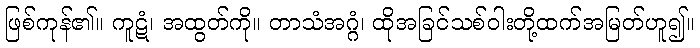
ဖြစ်ကုန်၏။ ကူဋံ၊ အထွတ်ကို။ တာသံအဂ္ဂံ၊ ထိုအခြင်သစ်ဝါးတို့ထက်အမြတ်ဟူ၍။